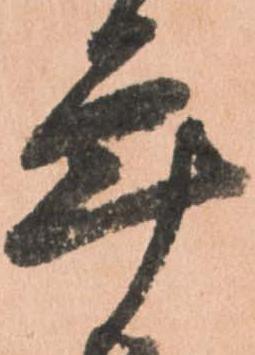
年